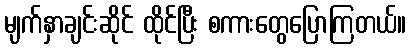
မျက်နှာချင်းဆိုင် ထိုင်ပြီး စကားတွေပြောကြတယ်။